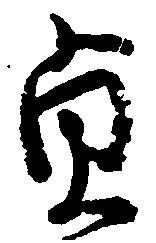
貞